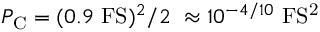
P _ { \mathrm { C } } = ( 0 . 9 ~ \mathrm { F S } ) ^ { 2 } / 2 ~ \approx 1 0 ^ { - 4 / 1 0 } ~ \mathrm { F S ^ { 2 } }